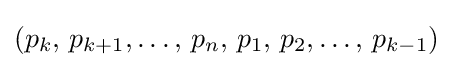
(p_{k},\,p_{k+1},\dots ,\,p_{n},\,p_{1},\,p_{2},\dots ,\,p_{k-1})